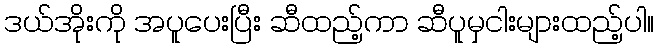
ဒယ်အိုးကို အပူပေးပြီး ဆီထည့်ကာ ဆီပူမှငါးများထည့်ပါ။